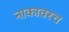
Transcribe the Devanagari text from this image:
नाकावरच